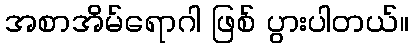
အစာအိမ်ရောဂါ ဖြစ် ပွားပါတယ်။